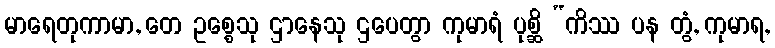
မာရေတုကာမာ, တေ ဥစ္စေသု ဌာနေသု ဌပေတွာ ကုမာရံ ပုစ္ဆိ “ကိဿ ပန တွံ, ကုမာရ,